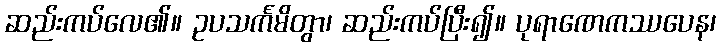
ဆည်းကပ်လေ၏။ ဥပသင်္ကမိတွာ၊ ဆည်းကပ်ပြီး၍။ ပုရာဏေကဿပေန၊